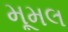
મૂમલ